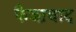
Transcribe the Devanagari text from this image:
फैजा़बाद